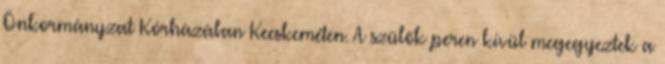
Önkormányzat Kórházában Kecskeméten. A szülők peren kívül megegyeztek a